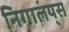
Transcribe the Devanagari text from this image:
निगालंय्‌स